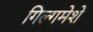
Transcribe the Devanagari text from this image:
गिल्गमेशे